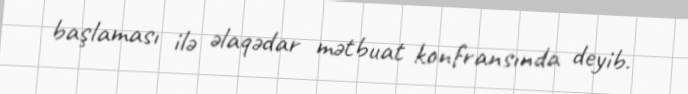
başlaması ilə əlaqədar mətbuat konfransında deyib.